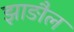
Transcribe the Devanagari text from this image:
झाङौल